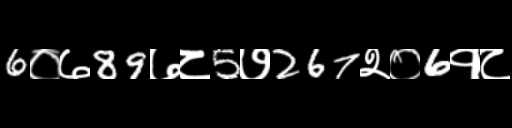
Text: 6०७89७८5७267२०6१८